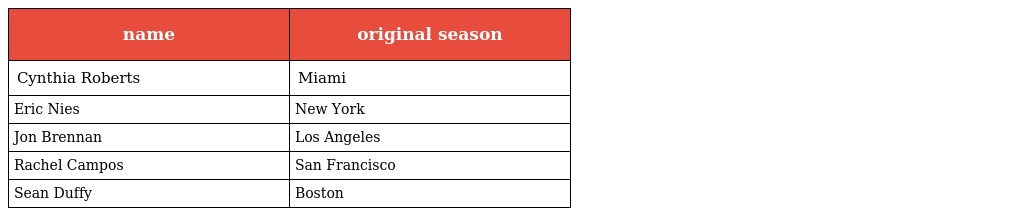
| name | original season |
 | --- | --- |
 | Cynthia Roberts | Miami |
 | Eric Nies | New York |
 | Jon Brennan | Los Angeles |
 | Rachel Campos | San Francisco |
 | Sean Duffy | Boston |